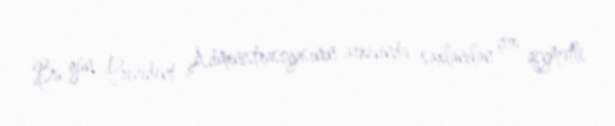
Bu gün Prezident Administrasiyasının arxivində saxlanılan çox qiymətli